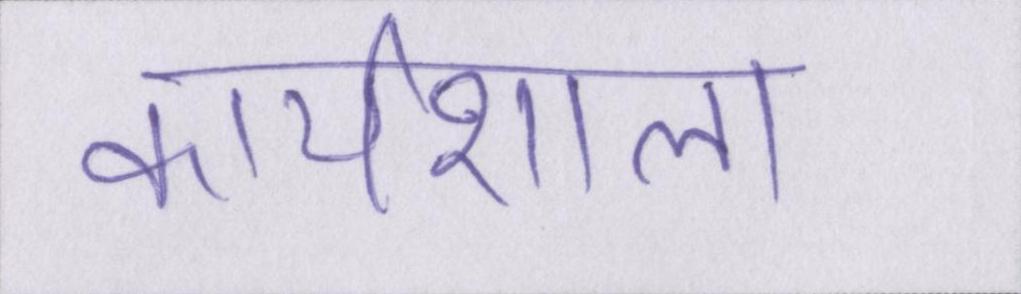
कार्यशाला